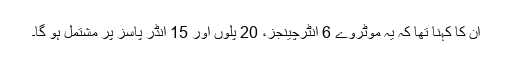
ان کا کہنا تھا کہ یہ موٹروے 6 انٹرچینجز، 20 پلوں اور 15 انڈر پاسز پر مشتمل ہو گا۔